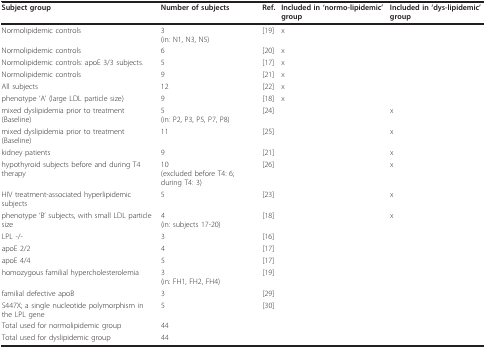
| Subject group | Number of subjects | Ref. | Included in 'normo-lipidemic' group | Included in 'dys-lipidemic' group |
 | --- | --- | --- | --- | --- |
 | Normolipidemic controls | 3(in: N1, N3, N5) | [19] | x |  |
 | Normolipidemic controls | 6 | [20] | x |  |
 | Normolipidemic controls: apoE 3/3 subjects. | 5 | [17] | x |  |
 | Normolipidemic controls | 9 | [21] | x |  |
 | All subjects | 12 | [22] | x |  |
 | phenotype 'A' (large LDL particle size) | 9 | [18] | x |  |
 | mixed dyslipidemia prior to treatment (Baseline) | 5(in: P2, P3, P5, P7, P8) | [24] |  | x |
 | mixed dyslipidemia prior to treatment (Baseline) | 11 | [25] |  | x |
 | kidney patients | 9 | [21] |  | x |
 | hypothyroid subjects before and during T4 therapy | 10(excluded before T4: 6; during T4: 3) | [26] |  | x |
 | HIV treatment-associated hyperlipidemic subjects | 5 | [23] |  | x |
 | phenotype 'B' subjects, with small LDL particle size | 4(in: subjects 17-20) | [18] |  | x |
 | LPL -/- | 3 | [16] |  |  |
 | apoE 2/2 | 4 | [17] |  |  |
 | apoE 4/4 | 5 | [17] |  |  |
 | homozygous familial hypercholesterolemia | 3(in: FH1, FH2, FH4) | [19] |  |  |
 | familial defective apoB | 3 | [29] |  |  |
 | S447X; a single nucleotide polymorphism in the LPL gene | 5 | [30] |  |  |
 | Total used for normolipidemic group | 44 |  |  |  |
 | Total used for dyslipidemic group | 44 |  |  |  |